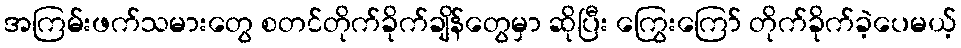
အကြမ်းဖက်သမားတွေ စတင်တိုက်ခိုက်ချိန်တွေမှာ ဆိုပြီး ကြွေးကြော် တိုက်ခိုက်ခဲ့ပေမယ့်